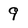
Character: 9